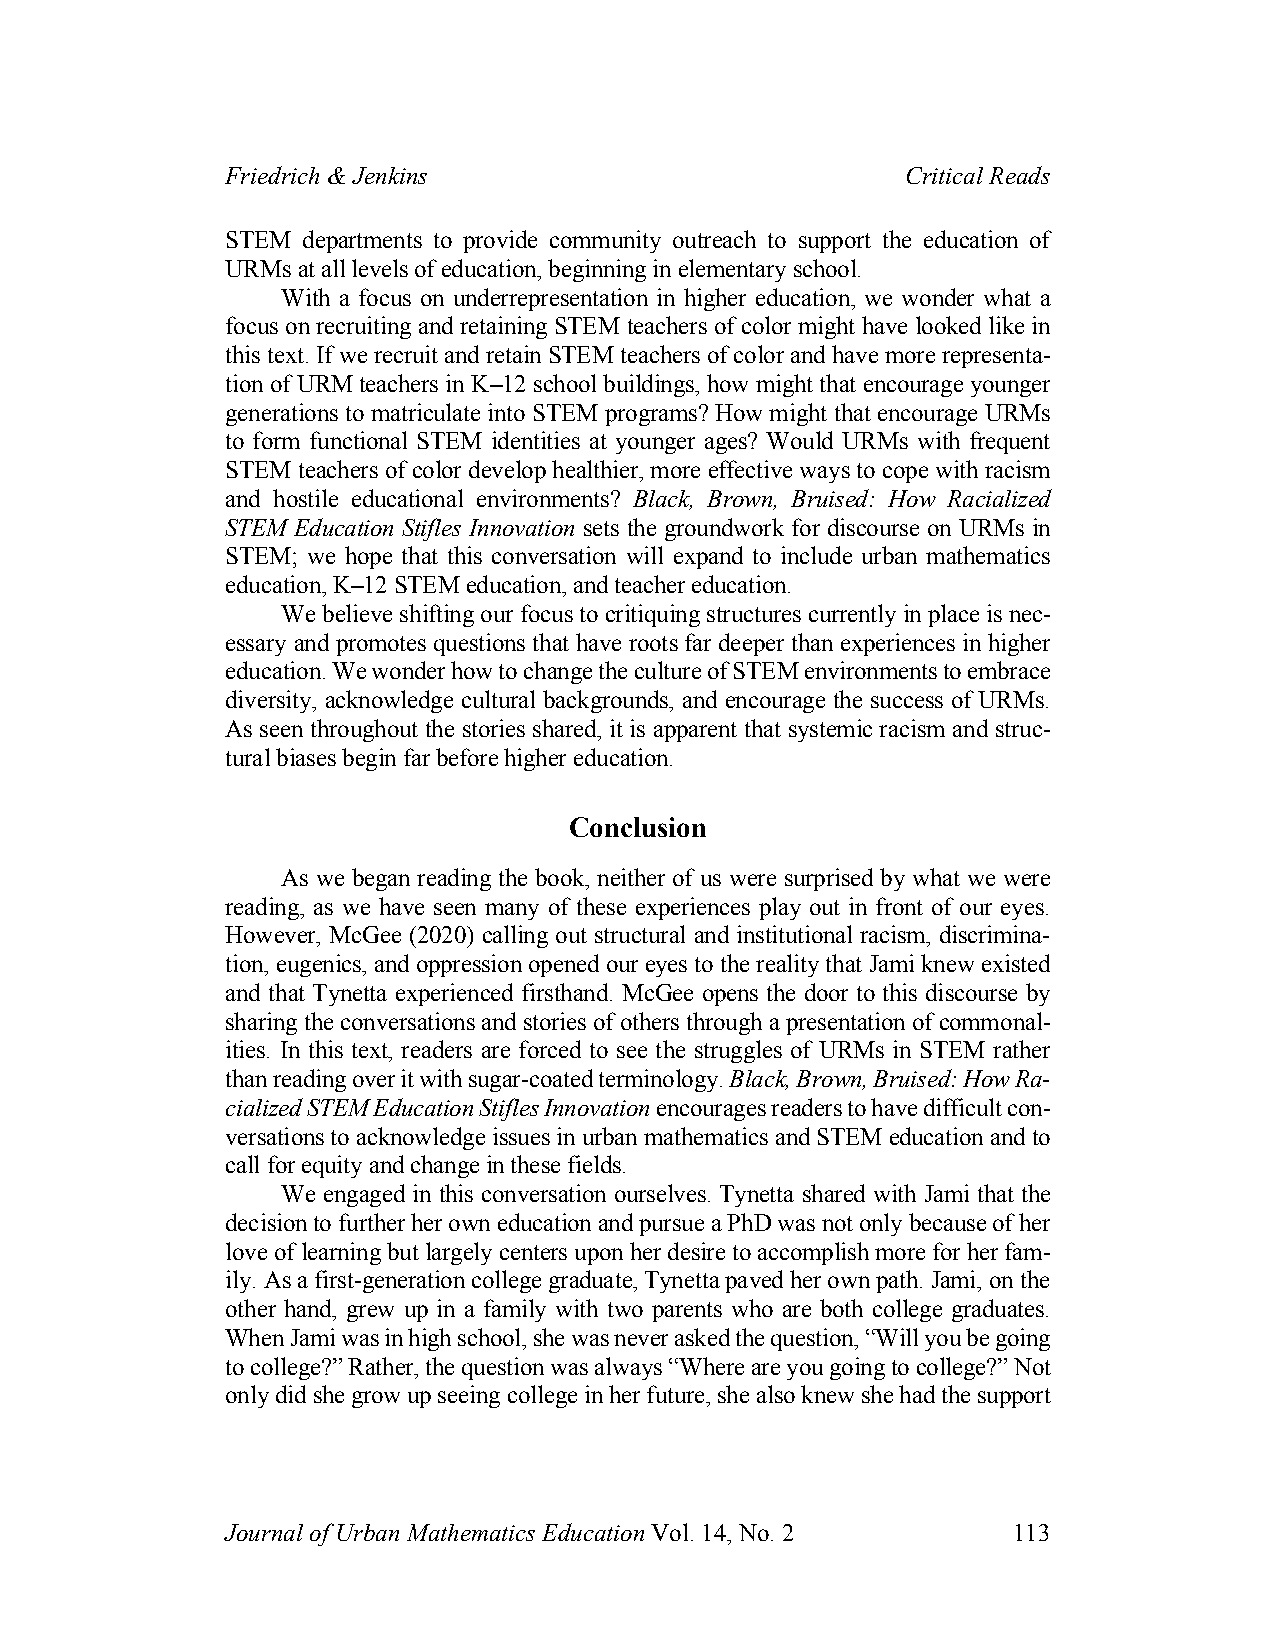
Friedrich & Jenkins                          Critical Reads
 STEM departments to provide community outreach to support the education of
 URMs at all levels of education, beginning in elementary school.
 With a focus on underrepresentation in higher education, we wonder what a
 focus on recruiting and retaining STEM teachers of color might have looked like in
 this text. If we recruit and retain STEM teachers of color and have more representa-
 tion of URM teachers in K–12 school buildings, how might that encourage younger
 generations to matriculate into STEM programs? How might that encourage URMs
 to form functional STEM identities at younger ages? Would URMs with frequent
 STEM teachers of color develop healthier, more effective ways to cope with racism
 and hostile educational environments? Black, Brown, Bruised: How Racialized
 STEM Education Stifles Innovation sets the groundwork for discourse on URMs in
 STEM; we hope that this conversation will expand to include urban mathematics
 education, K–12 STEM education, and teacher education.
 We believe shifting our focus to critiquing structures currently in place is nec-
 essary and promotes questions that have roots far deeper than experiences in higher
 education. We wonder how to change the culture of STEM environments to embrace
 diversity, acknowledge cultural backgrounds, and encourage the success of URMs.
 As seen throughout the stories shared, it is apparent that systemic racism and struc-
 tural biases begin far before higher education.
 Conclusion
 As we began reading the book, neither of us were surprised by what we were
 reading, as we have seen many of these experiences play out in front of our eyes.
 However, McGee (2020) calling out structural and institutional racism, discrimina-
 tion, eugenics, and oppression opened our eyes to the reality that Jami knew existed
 and that Tynetta experienced firsthand. McGee opens the door to this discourse by
 sharing the conversations and stories of others through a presentation of commonal-
 ities. In this text, readers are forced to see the struggles of URMs in STEM rather
 than reading over it with sugar-coated terminology. Black, Brown, Bruised: How Ra-
 cialized STEM Education Stifles Innovation encourages readers to have difficult con-
 versations to acknowledge issues in urban mathematics and STEM education and to
 call for equity and change in these fields.
 We engaged in this conversation ourselves. Tynetta shared with Jami that the
 decision to further her own education and pursue a PhD was not only because of her
 love of learning but largely centers upon her desire to accomplish more for her fam-
 ily. As a first-generation college graduate, Tynetta paved her own path. Jami, on the
 other hand, grew up in a family with two parents who are both college graduates.
 When Jami was in high school, she was never asked the question, “Will you be going
 to college?” Rather, the question was always “Where are you going to college?” Not
 only did she grow up seeing college in her future, she also knew she had the support
 Journal of Urban Mathematics Education Vol. 14, No. 2 113